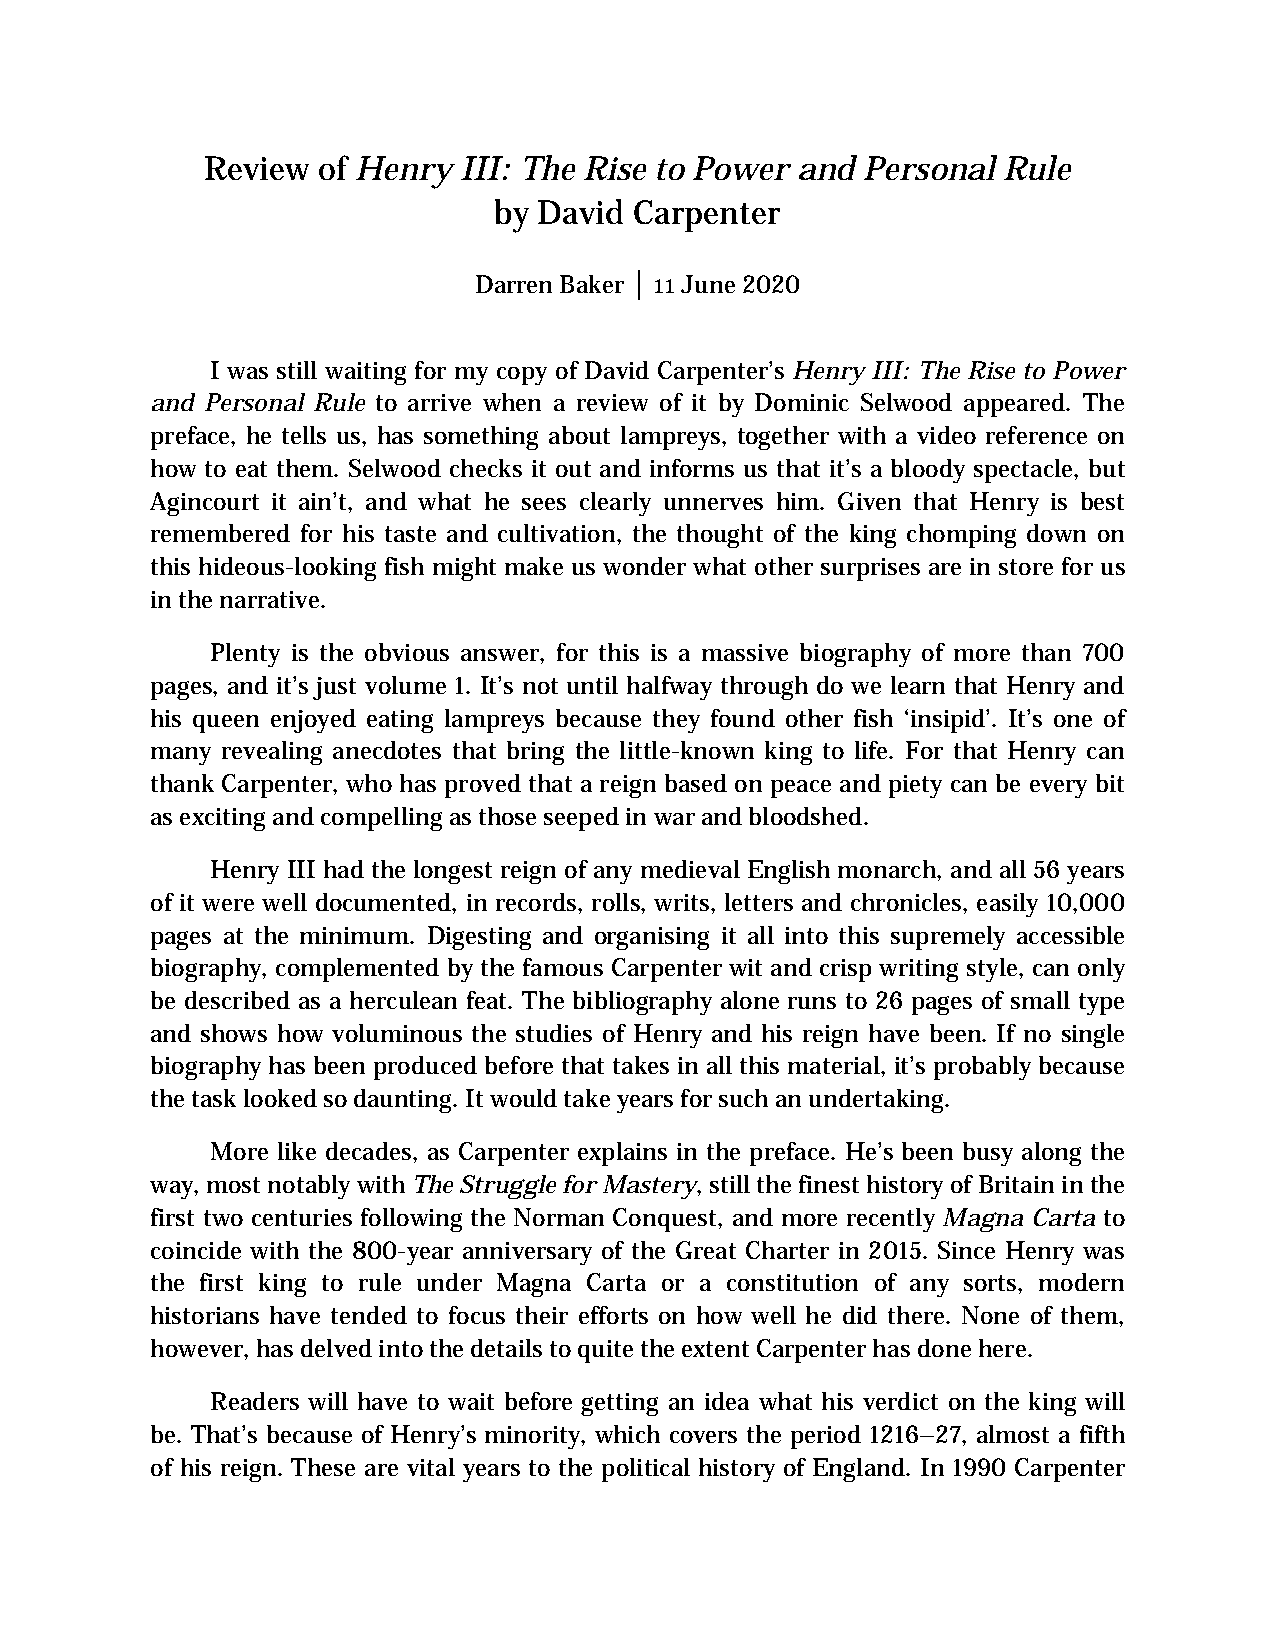
Review of Henry III: The Rise to Power and Personal Rule
 by David Carpenter
 Darren Baker │ 11 June 2020
 I was still waiting for my copy of David Carpenter’s Henry III: The Rise to Power
 and Personal Rule to arrive when a review of it by Dominic Selwood appeared. The
 preface, he tells us, has something about lampreys, together with a video reference on
 how to eat them. Selwood checks it out and informs us that it’s a bloody spectacle, but
 Agincourt it ain’t, and what he sees clearly unnerves him. Given that Henry is best
 remembered for his taste and cultivation, the thought of the king chomping down on
 this hideous-looking fish might make us wonder what other surprises are in store for us
 in the narrative.
 Plenty is the obvious answer, for this is a massive biography of more than 700
 pages, and it’s just volume 1. It’s not until halfway through do we learn that Henry and
 his queen enjoyed eating lampreys because they found other fish ‘insipid’. It’s one of
 many revealing anecdotes that bring the little-known king to life. For that Henry can
 thank Carpenter, who has proved that a reign based on peace and piety can be every bit
 as exciting and compelling as those seeped in war and bloodshed.
 Henry III had the longest reign of any medieval English monarch, and all 56 years
 of it were well documented, in records, rolls, writs, letters and chronicles, easily 10,000
 pages at the minimum. Digesting and organising it all into this supremely accessible
 biography, complemented by the famous Carpenter wit and crisp writing style, can only
 be described as a herculean feat. The bibliography alone runs to 26 pages of small type
 and shows how voluminous the studies of Henry and his reign have been. If no single
 biography has been produced before that takes in all this material, it’s probably because
 the task looked so daunting. It would take years for such an undertaking.
 More like decades, as Carpenter explains in the preface. He’s been busy along the
 way, most notably with The Struggle for Mastery, still the finest history of Britain in the
 first two centuries following the Norman Conquest, and more recently Magna Carta to
 coincide with the 800-year anniversary of the Great Charter in 2015. Since Henry was
 the first king to rule under Magna Carta or a constitution of any sorts, modern
 historians have tended to focus their efforts on how well he did there. None of them,
 however, has delved into the details to quite the extent Carpenter has done here.
 Readers will have to wait before getting an idea what his verdict on the king will
 be. That’s because of Henry’s minority, which covers the period 1216–27, almost a fifth
 of his reign. These are vital years to the political history of England. In 1990 Carpenter